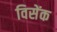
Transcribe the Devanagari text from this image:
विसेंक